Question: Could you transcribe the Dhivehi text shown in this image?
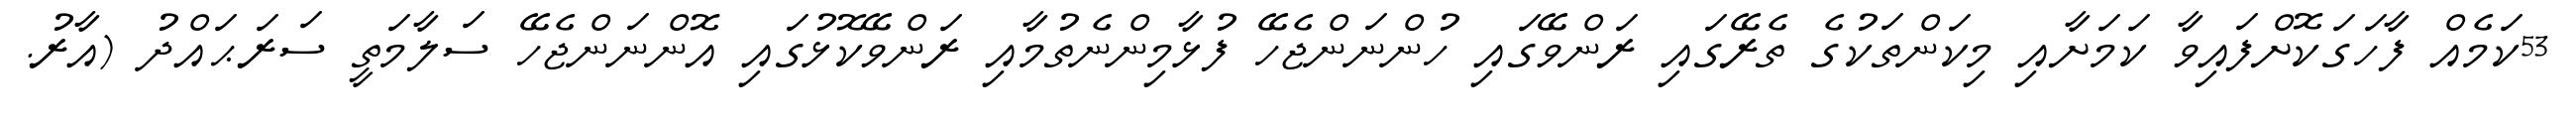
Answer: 53ކަމެއް ފާހަގަކޮށްފައިވާ ކަމަށާއި މިކަންތަކުގެ ތެރޭގައި ރަންވޭގައި ހުންނަންޖެހޭ ފުޅާމިންނެތުމާއި ރަންވޭކޮޅުގައި އޮންނަންޖެހޭ ސަލާމަތީ ސަރަޙައްދު (އާރު.